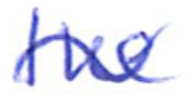
Text: the
Cross-out: wave
Writing tool: ballpoint